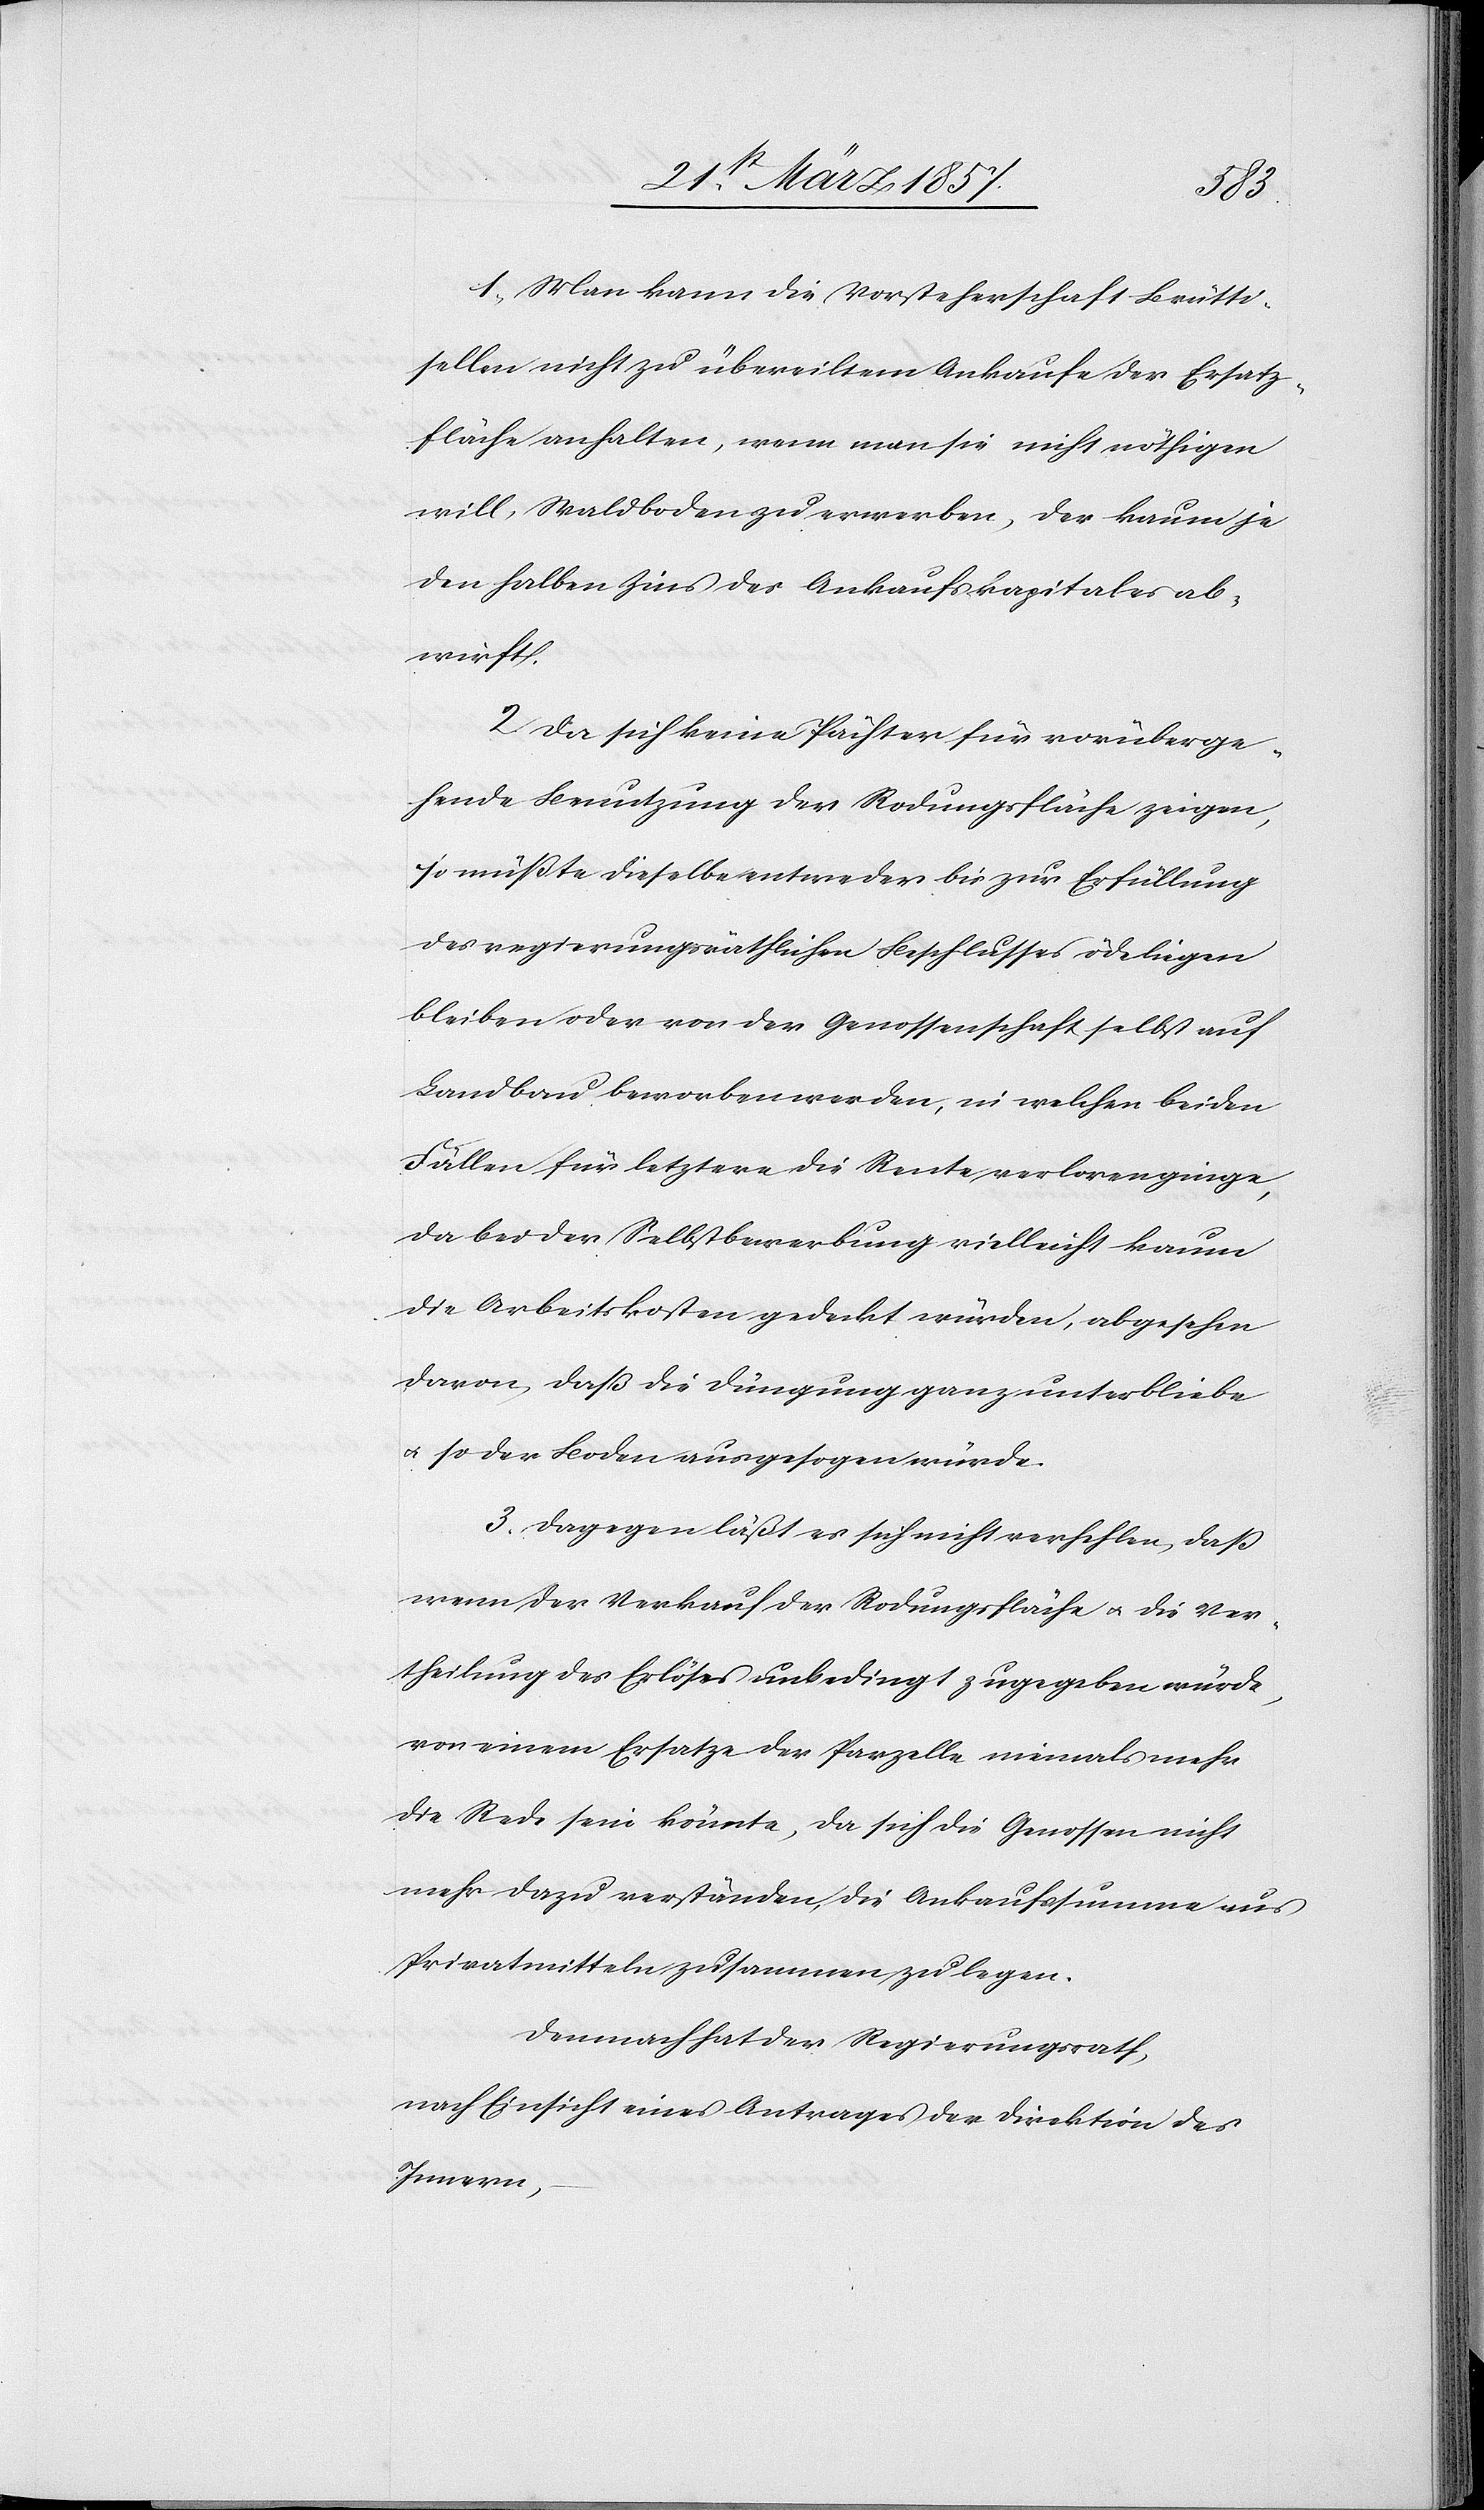
1. Man kann die Vorsteherschaft Brütti¬
sellen nicht zu übereiltem Ankaufe der Ersatz¬
fläche anhalten; wenn man sie nicht nöthigen
will, Waldboden zu erwerben, der kaum je
den halben Zins des Ankaufskapitales ab¬
wirft.
2. Da sich keine Pächter für vorüberge¬
hende Benutzung der Rodungsfläche zeigen,
so müsste dieselbe entweder bis zur Erfüllung
des regierungsräthlichen Beschlusses öde liegen
bleiben oder von der Genossenschaft selbst auf
Landbau beworben werden, in welchen beiden
Fällen für letztere die Rente verloren ginge,
da bei der Selbstbewerbung vielleicht kaum
die Arbeitskosten gedeckt würden, abgesehen
davon, daß die Düngung ganz unterbliebe
u. so der Boden ausgesogen würde.
3. Dagegen lässt es sich nicht verhehlen, daß
wenn der Verkauf der Rodungsfläche u. die Ver¬
theilung des Erlöses unbedingt zugegeben würde,
von einem Ersatze der Parzelle niemals mehr
die Rede sein könnte, da sich die Genossen nicht
mehr dazu verständen, die Ankaufssumme aus
Privatmitteln zusammen zu legen.
Demnach hat der Regierungsrath,
nach Einsicht eines Antrages der Direktion des
Innern,